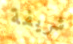
شريفة